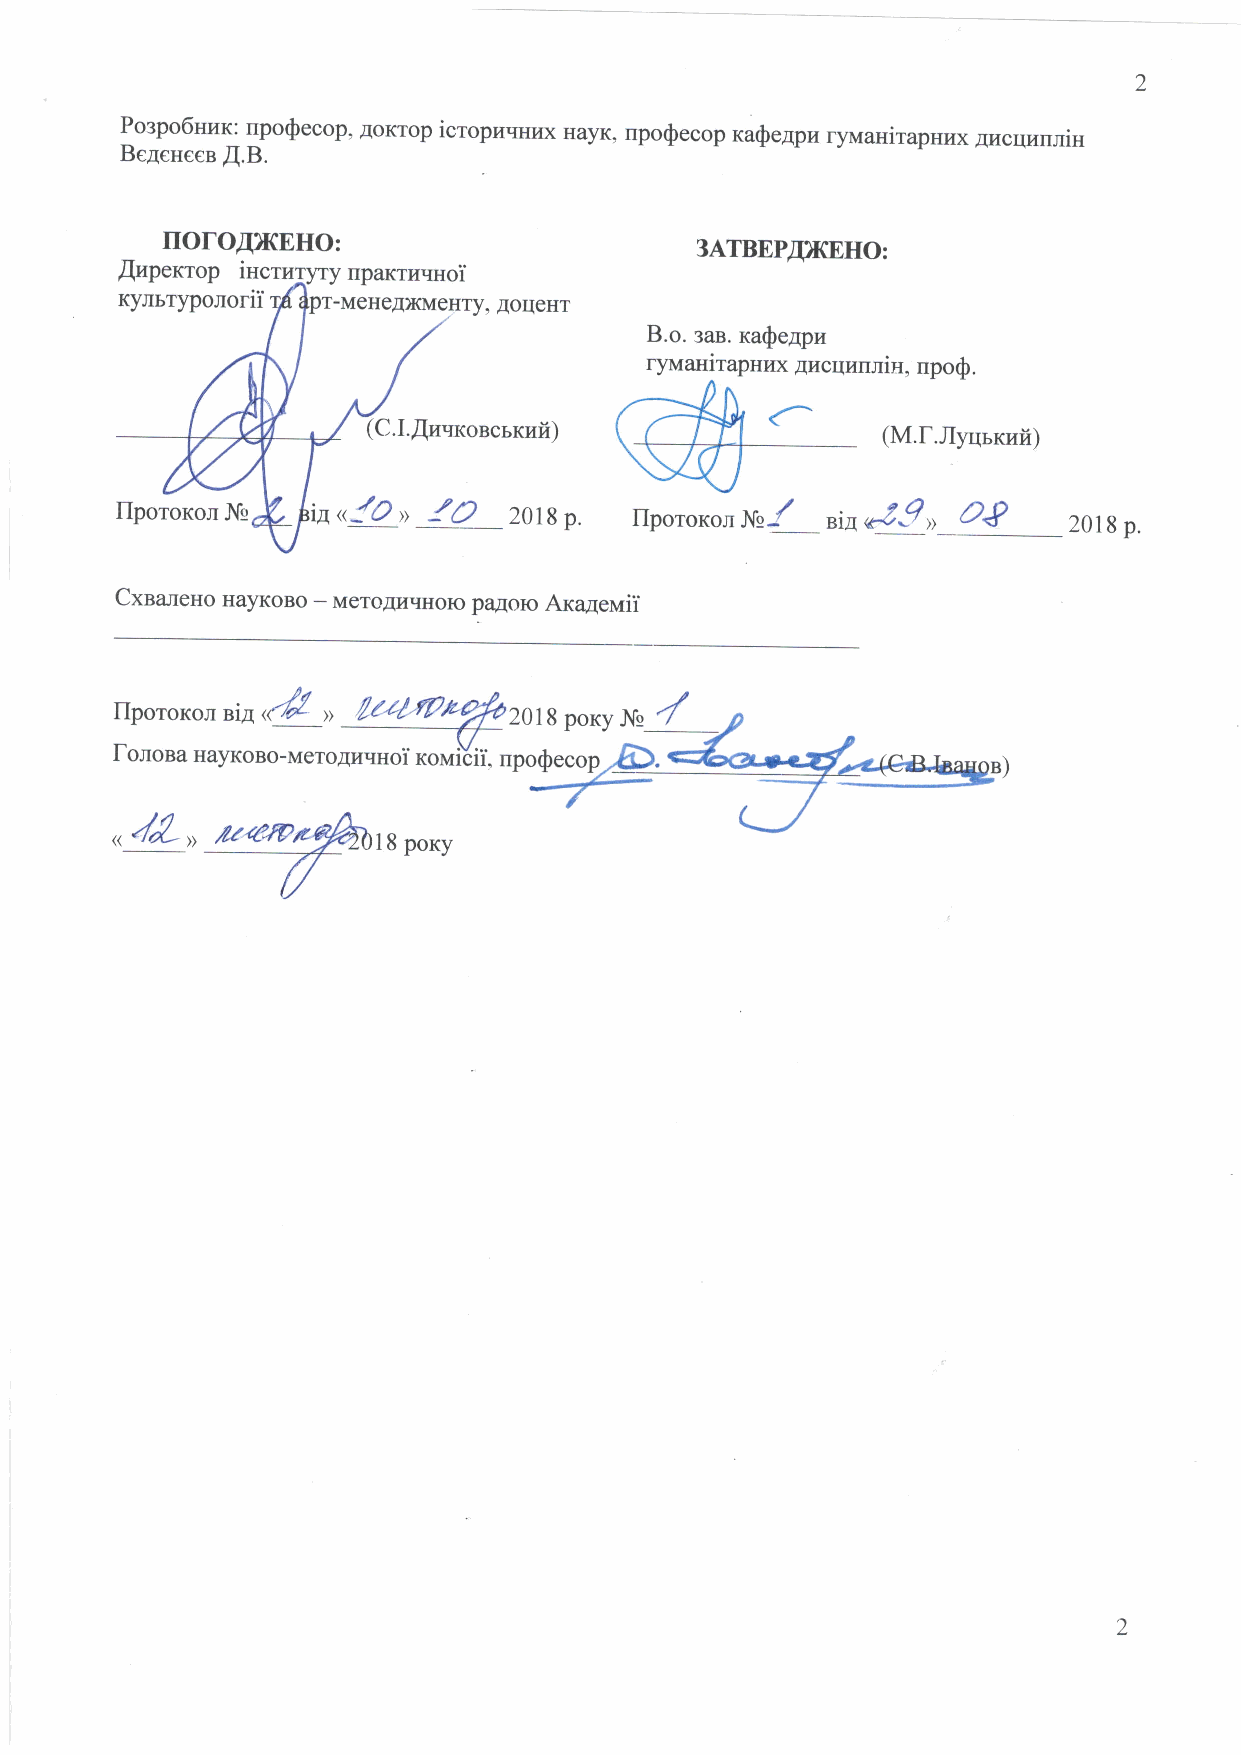
Po:po6nr'Ix: upoSecop, AoKrop icropuunux HayK, upo(fecop xa([e4pu ryuauirapruax 4zcqundn
 Begeueen.{.B.
 rrofoAxEHo:
 3ATBEPffiEHO:
 .{upemop      y npaxruvuoi
 rymrypolorii  LMeHeAXMeHTy,
 AOIIeHT
 B.o. saB. ra$e4pu
 ryrr,ranirapuux Ar4crlr4rrniH, upos.
 (C.I.flrvroncsxufi)
 (M.f.JIyqrnufi)
 flpororon
 Jtl!
 nlo
 o       201 8 p. Ilpotorcor
 NoJ,
 sia
 ,*Jgu  o8
 201 8 p.
 Cxna-ueno HayKoBo - MeroAutrHoro paAoro Axa4euii
 flporoxon ,6r(& o /zz/,r3,       Nr4
 forona HayKoBo-Meroruquoi nori[ii"
 /L,, --7
 //"otu,?hr8
 ,,                  pony
 2